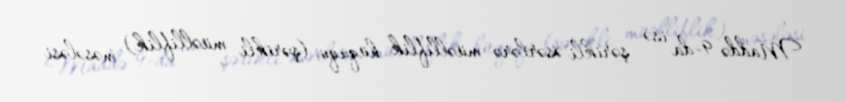
Maddə 9-da isə şərikli əsərlərə müəlliflik hüququ (şərikli müəlliflik) məsələsi